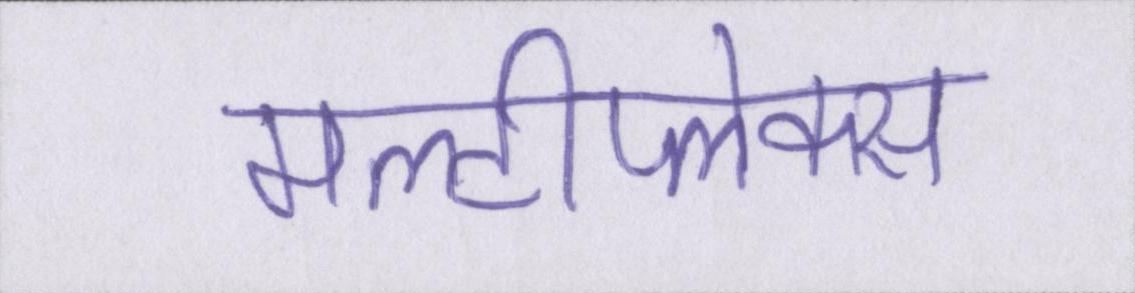
मल्टीप्लेक्स